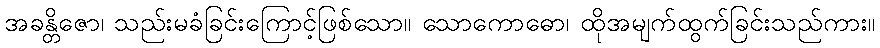
အခန္တိဇော၊ သည်းမခံခြင်းကြောင့်ဖြစ်သော။ သောကောဓော၊ ထိုအမျက်ထွက်ခြင်းသည်ကား။